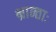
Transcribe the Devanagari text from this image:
भ्रान्ताः